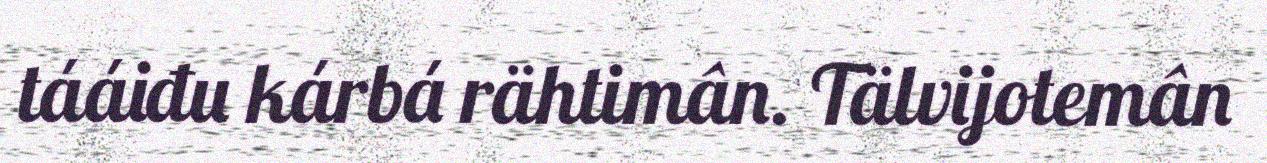
tááiđu kárbá rähtimân. Tälvijotemân